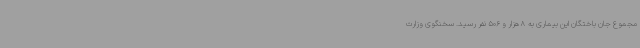
مجموع جان باختگان این بیماری به 8 هزار و 506 نفر رسید. سخنگوی وزارت